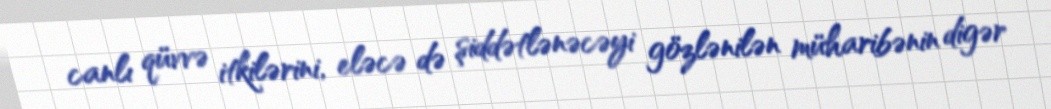
canlı qüvvə itkilərini, eləcə də şiddətlənəcəyi gözlənilən müharibənin digər